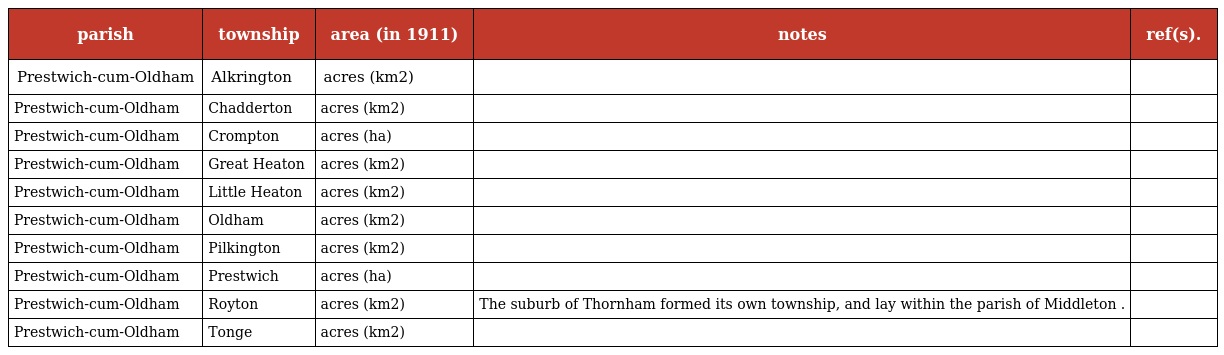
| parish | township | area (in 1911) | notes | ref(s). |
 | --- | --- | --- | --- | --- |
 | Prestwich-cum-Oldham | Alkrington | acres (km2) |  |  |
 | Prestwich-cum-Oldham | Chadderton | acres (km2) |  |  |
 | Prestwich-cum-Oldham | Crompton | acres (ha) |  |  |
 | Prestwich-cum-Oldham | Great Heaton | acres (km2) |  |  |
 | Prestwich-cum-Oldham | Little Heaton | acres (km2) |  |  |
 | Prestwich-cum-Oldham | Oldham | acres (km2) |  |  |
 | Prestwich-cum-Oldham | Pilkington | acres (km2) |  |  |
 | Prestwich-cum-Oldham | Prestwich | acres (ha) |  |  |
 | Prestwich-cum-Oldham | Royton | acres (km2) | The suburb of Thornham formed its own township, and lay within the parish of Middleton . |  |
 | Prestwich-cum-Oldham | Tonge | acres (km2) |  |  |